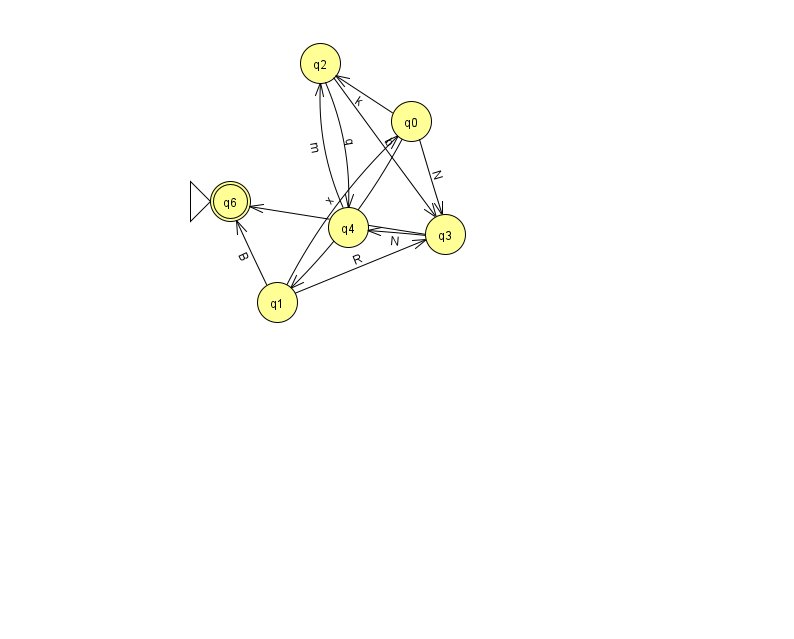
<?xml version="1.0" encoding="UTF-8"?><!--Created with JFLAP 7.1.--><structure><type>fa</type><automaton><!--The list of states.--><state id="0" name="q0"><x>411.0</x><y>108.0</y></state><state id="1" name="q1"><x>277.0</x><y>289.0</y></state><state id="2" name="q2"><x>320.0</x><y>50.0</y></state><state id="3" name="q3"><x>445.0</x><y>221.0</y></state><state id="4" name="q4"><x>348.0</x><y>214.0</y></state><state id="6" name="q6"><x>230.0</x><y>188.0</y><initial/><final/></state><!--The list of transitions.--><transition><from>1</from><to>6</to><read>B</read></transition><transition><from>3</from><to>4</to><read>N</read></transition><transition><from>1</from><to>3</to><read>R</read></transition><transition><from>2</from><to>3</to><read>b</read></transition><transition><from>0</from><to>1</to><read>c</read></transition><transition><from>4</from><to>2</to><read>m</read></transition><transition><from>2</from><to>4</to><read>q</read></transition><transition><from>0</from><to>3</to><read>N</read></transition><transition><from>1</from><to>0</to><read>x</read></transition><transition><from>3</from><to>6</to><read>Z</read></transition><transition><from>0</from><to>2</to><read>k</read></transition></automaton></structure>